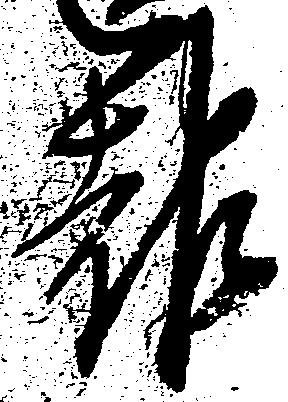
報